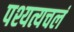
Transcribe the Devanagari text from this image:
पश्यत्यचलं